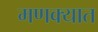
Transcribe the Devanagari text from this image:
मणक्‍यात